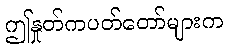
ဤနှုတ်ကပတ်တော်များက